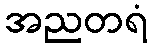
အညတရံ